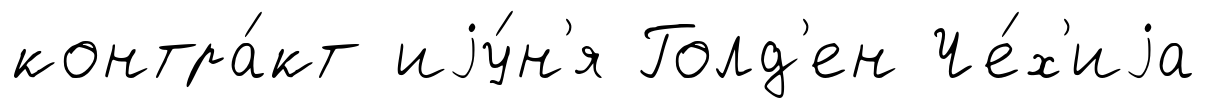
контра́кт иjу́н'я Голд'ен Че́х'иjа